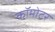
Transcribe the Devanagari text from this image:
कॉमोटर